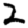
Digit: 2